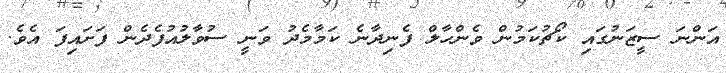
އަންނަ ސީޒަނުގައި ކޯޗުކަމުން ވެންހާލް ފެނިދާނެ ކަމާމެދު ވަނީ ސުވާލުއުފެދެން ފަށައިފަ އެވެ.